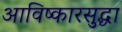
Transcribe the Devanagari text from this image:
आविष्कारसुद्धा